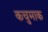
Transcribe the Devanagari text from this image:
कचुमाक